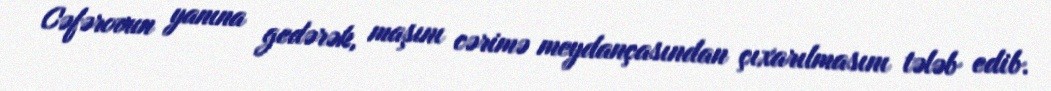
Cəfərovun yanına gedərək, maşını cərimə meydançasından çıxarılmasını tələb edib.